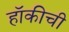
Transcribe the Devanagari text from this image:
हॉकीची